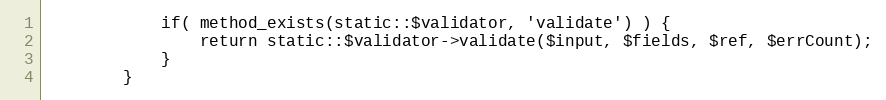
Language: PHP
			if( method_exists(static::$validator, 'validate') ) {
				return static::$validator->validate($input, $fields, $ref, $errCount);
			}
		}